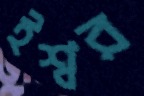
ইশ্বর